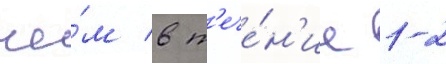
че́м в т'ече́н'ие 1-2